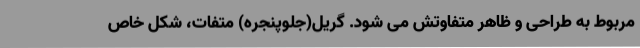
مربوط به طراحی و ظاهر متفاوتش می شود. گریل(جلوپنجره) متفات، شکل خاص